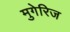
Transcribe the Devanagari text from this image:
मुगेरिज